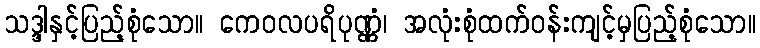
သဒ္ဒါနှင့်ပြည့်စုံသော။ ကေဝလပရိပုဏ္ဏံ၊ အလုံးစုံထက်ဝန်းကျင့်မှပြည့်စုံသော။